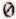
0